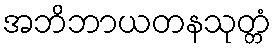
အဘိဘာယတနသုတ္တံ